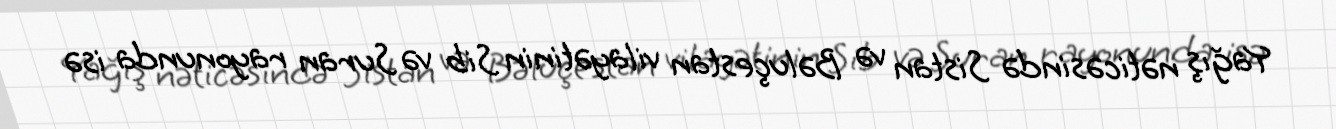
Yağış nəticəsində Sistan və Bəluçestan vilayətinin Sib və Suran rayonunda isə